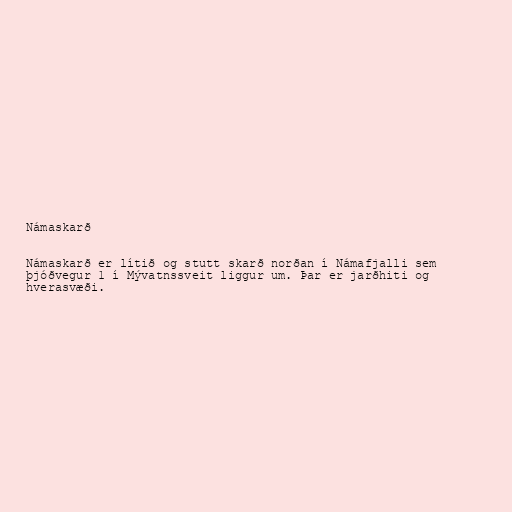
Námaskarð

Námaskarð er lítið og stutt skarð norðan í Námafjalli sem
þjóðvegur 1 í Mývatnssveit liggur um. Þar er jarðhiti og
hverasvæði.